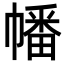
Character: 幡